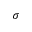
\sigma